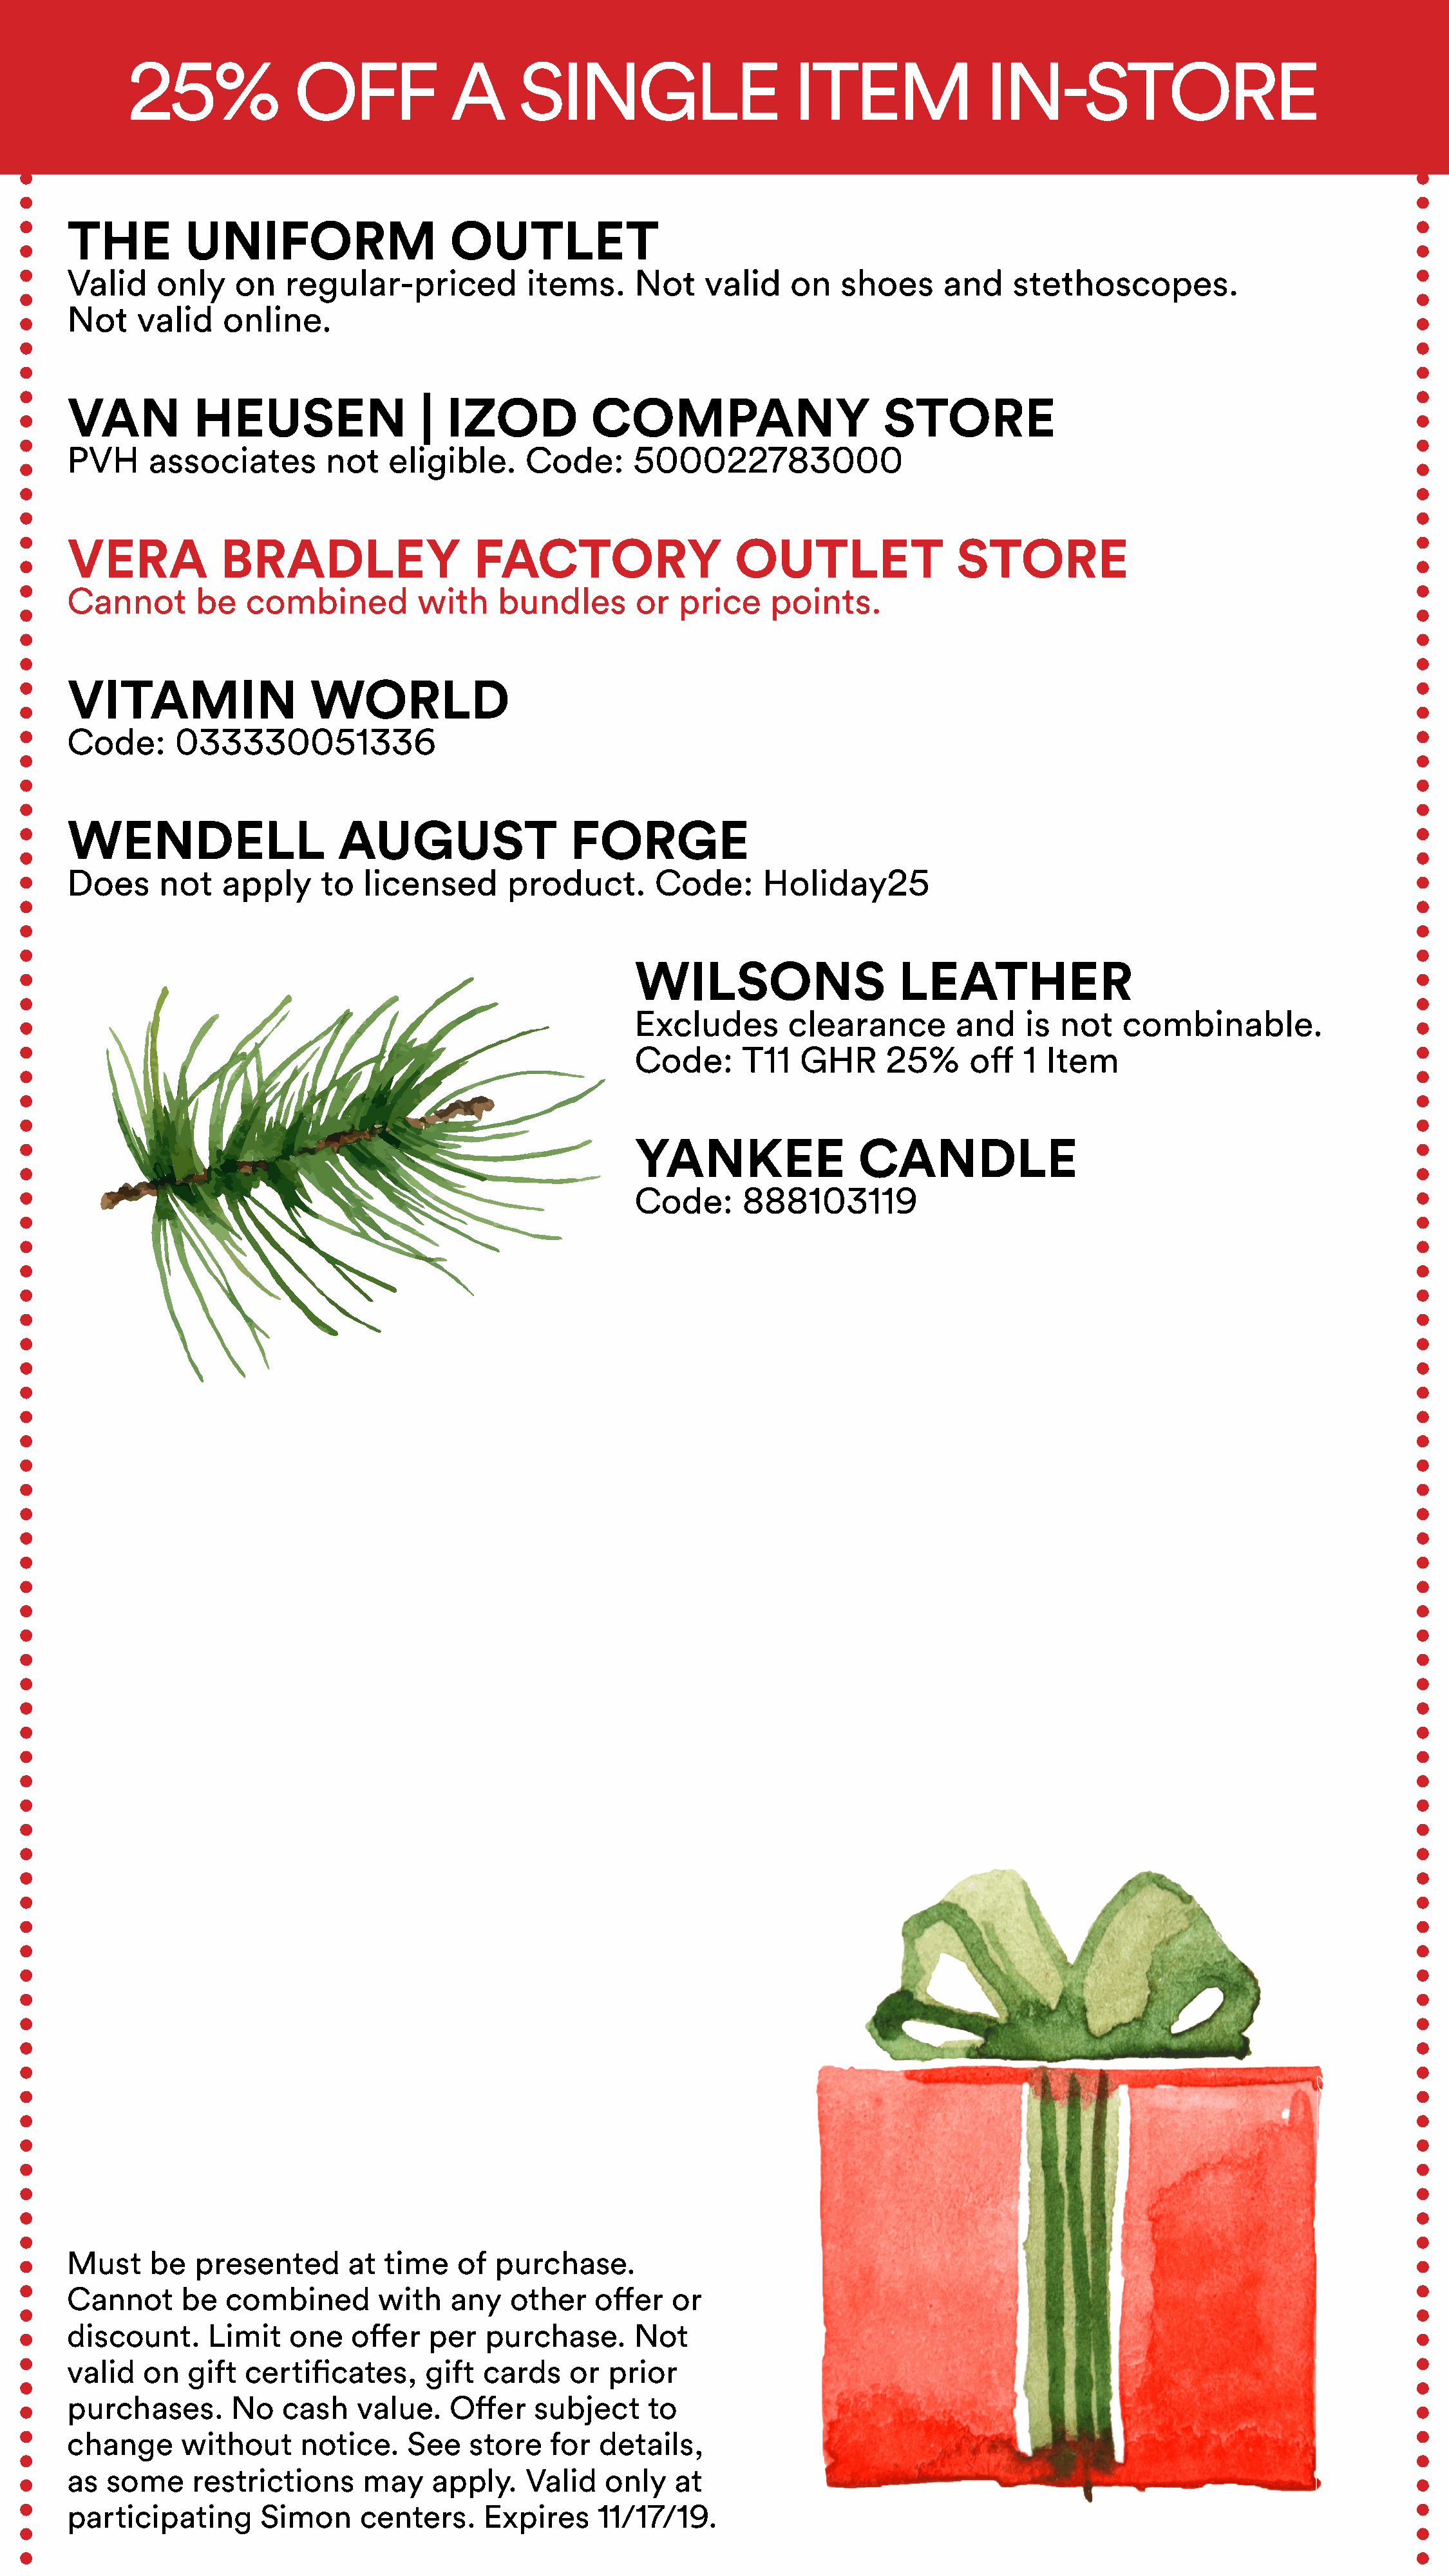
25%              OFF             A      SINGLE                       ITEM               IN-STORE
 THE         UNIFORM                    OUTLET
 Valid    only    on   regular-priced           items.     Not    valid    on   shoes      and    stethoscopes.
 Not    valid    online.
 VAN          HEUSEN                 |  IZOD           COMPANY                       STORE
 PVH     associates        not    eligible.     Code:      500022783000
 VERA            BRADLEY                   FACTORY                    OUTLET                STORE
 Cannot       be   combined          with    bundles       or   price    points.
 VITAMIN                  WORLD
 Code:      033330051336
 WENDELL                     AUGUST                  FORGE
 Does     not    apply     to  licensed       product.       Code:      Holiday25
 WILSONS                    LEATHER
 Excludes        clearance        and    is  not   combinable.
 Code:      T11   GHR      25%      off  1 Item
 YANKEE                 CANDLE
 Code:      888103119
 Must    be   presented       at  time   of  purchase.
 Cannot      be  combined        with   any   other    offer   or
 discount.     Limit    one   offer   per   purchase.      Not
 valid   on  gift  certificates,      gift  cards    or  prior
 purchases.       No   cash    value.   Offer    subject     to
 change      without     notice.    See   store    for  details,
 as  some     restrictions     may    apply.    Valid   only   at
 participating       Simon     centers.     Expires    11/17/19.